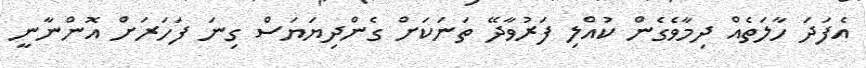
އެފަދަ ހާލަތެއް ދިމާވެގެން ކުއްލި ފަރުވާދޭ ތަނަކަށް ގެންދިޔަޔަސް ގިނަ ފަހަރަށް އޮންނާނީ